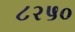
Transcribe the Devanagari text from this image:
८२५०